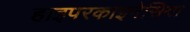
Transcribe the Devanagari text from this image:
हाइपरकाइनेसिया